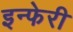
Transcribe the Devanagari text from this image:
इन्फेरी